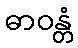
ဓာဝန္တံ